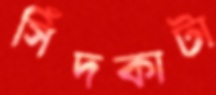
সিঁদকাটা